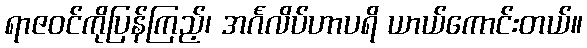
ရာဇဝင်ကိုပြန်ကြည့်၊ အင်္ဂလိပ်ဟာပရိ ယာယ်ကောင်းတယ်။